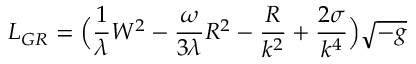
L _ { G R } = \Big ( \frac { 1 } { \lambda } W ^ { 2 } - \frac { \omega } { 3 \lambda } R ^ { 2 } - \frac { R } { k ^ { 2 } } + \frac { 2 \sigma } { k ^ { 4 } } \Big ) \sqrt { - g }